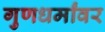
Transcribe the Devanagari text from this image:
गुणधर्मांवर